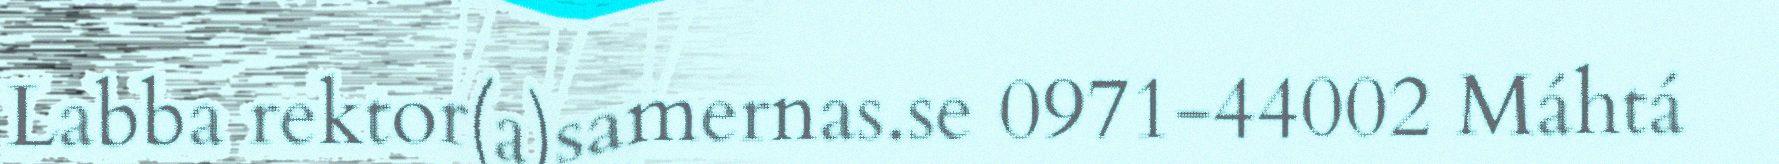
Labba rektor(a)samernas.se 0971-44002 Máhtá